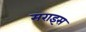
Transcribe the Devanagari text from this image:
मराइस